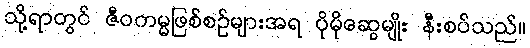
သို့ရာတွင် ဇီဝကမ္မဖြစ်စဉ်များအရ ပိုမိုဆွေမျိုး နီးစပ်သည်။